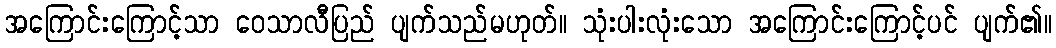
အကြောင်းကြောင့်သာ ဝေသာလီပြည် ပျက်သည်မဟုတ်။ သုံးပါးလုံးသော အကြောင်းကြောင့်ပင် ပျက်၏။